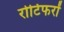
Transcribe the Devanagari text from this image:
रोटिफरों